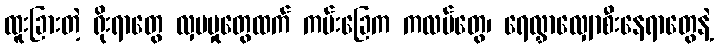
ထူးခြားတဲ့ ရိုးရာတွေ လှပမှုတွေထက် ကမ်းခြေက ကလပ်တွေ၊ ရေလွှာလျှောစီးနေရာတွေနဲ့